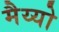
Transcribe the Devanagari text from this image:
मैय्यो